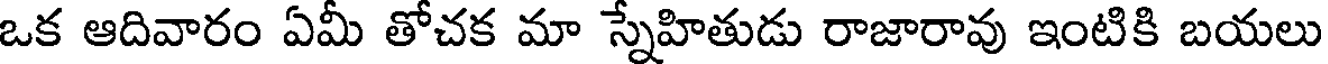
ఒక ఆదివారం ఏమీ తోచక మా స్నేహితుడు రాజారావు ఇంటికి బయలు